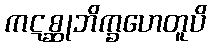
ကဋစ္ဆုဘိက္ခဟေတူပိ